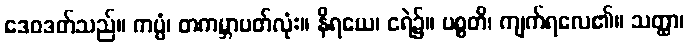
ဒေဝဒတ်သည်။ ကပ္ပံ၊ တကမ္ဘာပတ်လုံး။ နိရယေ၊ ငရဲ၌။ ပစ္စတိ၊ ကျက်ရလေ၏။ သတ္ထာ၊